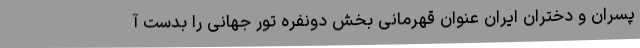
پسران و دختران ایران عنوان قهرمانی بخش دونفره تور جهانی را بدست آ